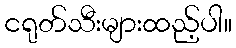
ငရုတ်သီးများထည့်ပါ။